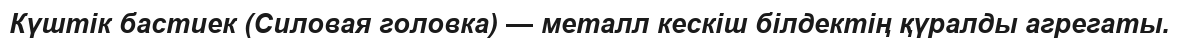
Күштiк бастиек (Силовая головка) — металл кескіш білдектің қүралды агрегаты.